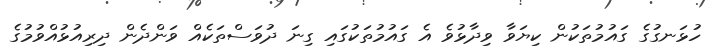
ހުޅަނގުގެ ގައުމުތަކުން ކިޔަވާ ވިދާޅުވެ އެ ގައުމުތަކުގައި ގިނަ ދުވަސްތަކެއް ވަންދެން ދިރިއުޅުއްވުމުގެ